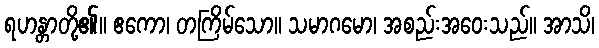
ရဟန္တာတို့၏။ ဧကော၊ တကြိမ်သော။ သမာဂမော၊ အစည်းအဝေးသည်။ အာသိ၊